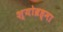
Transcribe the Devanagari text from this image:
श्योब्रह्मा